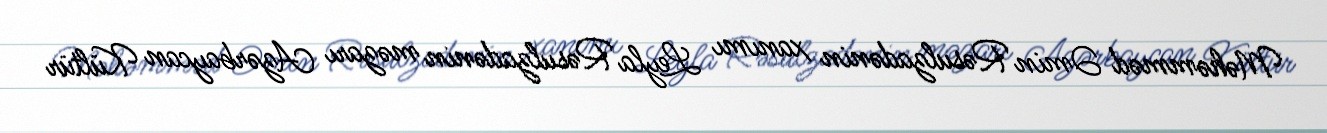
Məhəmməd Əmin Rəsulzadənin xanımı Leyla Rəsulzadənin məzarı Azərbaycan Kültür